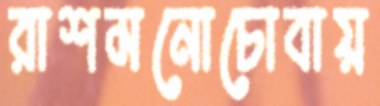
রাশমনোচোবায়